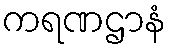
ကရဏဌာနံ